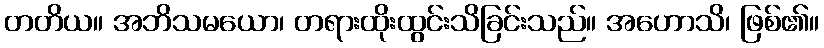
တတိယ။ အဘိသမယော၊ တရားထိုးထွင်းသိခြင်းသည်။ အဟောသိ၊ ဖြစ်၏။